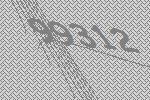
99312